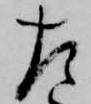
左